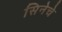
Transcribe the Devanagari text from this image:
सिनेचे